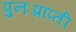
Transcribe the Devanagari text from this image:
पुनःप्राप्ती